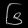
Digit: ၆